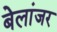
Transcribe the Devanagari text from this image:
बेलांजर